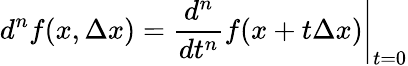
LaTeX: d^{n}f(x,\Delta x)=\left.{\frac{d^{n}}{dt^{n}}}f(x+t\Delta x)\right|_{t=0}